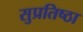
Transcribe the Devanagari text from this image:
सुप्रतिष्ठा